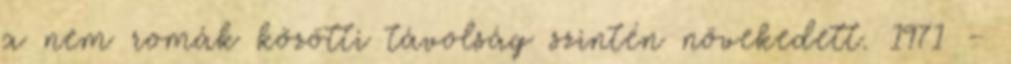
a nem romák közötti távolság szintén növekedett. 1971 –